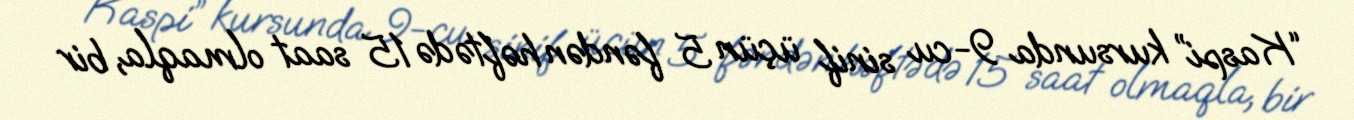
“Kaspi” kursunda 9-cu sinif üçün 5 fəndən həftədə 15 saat olmaqla, bir